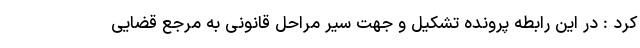
کرد : در این رابطه پرونده تشکیل و جهت سیر مراحل قانونی به مرجع قضایی